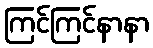
ကြင်ကြင်နာနာ